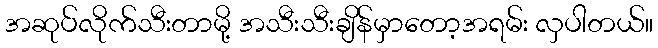
အဆုပ်လိုက်သီးတာမို့ အသီးသီးချိန်မှာတော့အရမ်း လှပါတယ်။